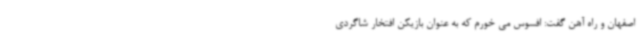
اصفهان و راه آهن گفت: افسوس می خورم که به عنوان بازیکن افتخار شاگردی